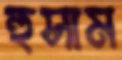
হুসাম